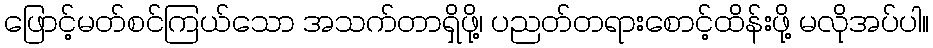
ဖြောင့်မတ်စင်ကြယ်သော အသက်တာရှိဖို့၊ ပညတ်တရားစောင့်ထိန်းဖို့ မလိုအပ်ပါ။